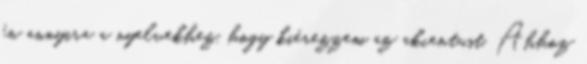
én annyira a nyelvekhez, hogy kiérezzem az akcentust. Ahhoz